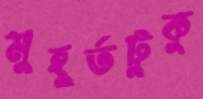
মুহূর্তটুকু